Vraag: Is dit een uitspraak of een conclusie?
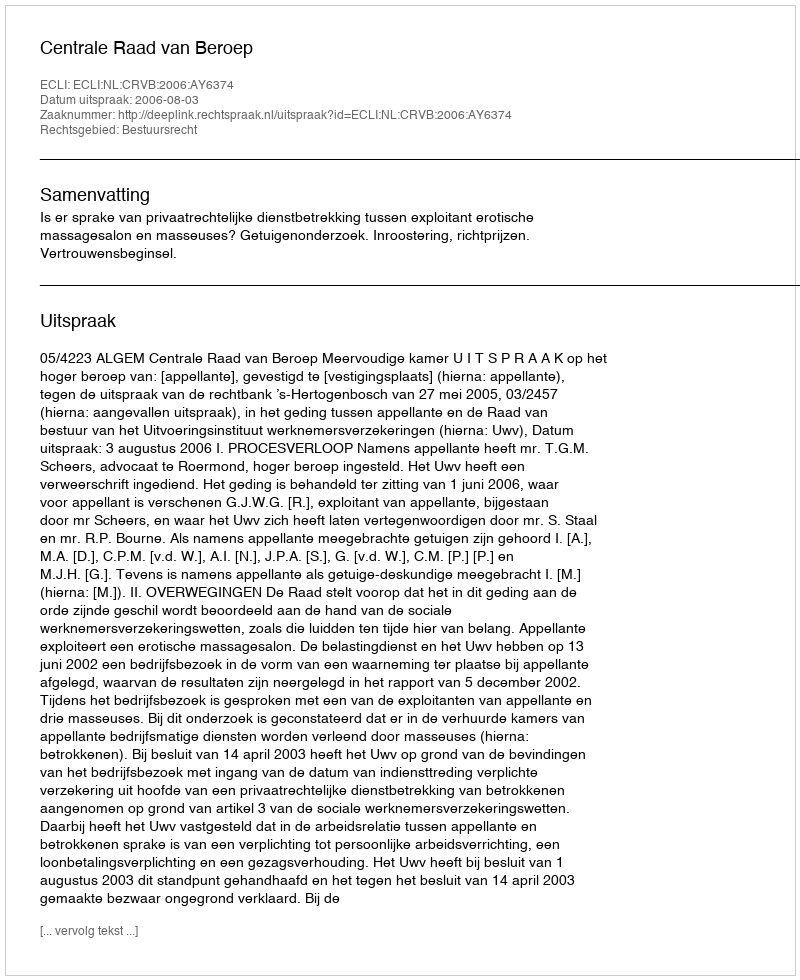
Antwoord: Uitspraak